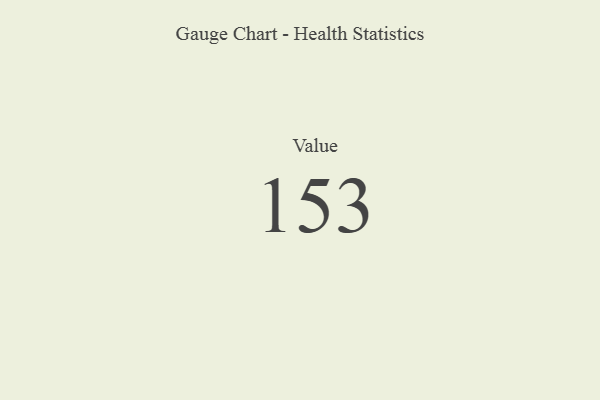
{"axis": {"x": "Metric", "y": "Value"}, "legend": [""], "data": [{"x": "Value", "y": 153, "type": ""}]}